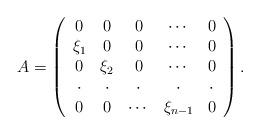
LaTeX: \begin{align*}A = \left( {\begin{array}{*{20}c} 0 & 0 & 0 & \cdots & 0 \\ {\xi _1 } & 0 & 0 & \cdots & 0 \\ 0 & {\xi _2 } & 0 & \cdots & 0 \\ \cdot & \cdot & \cdot & \cdot & \cdot \\ 0 & 0 & \cdots & {\xi _{n - 1} } & 0 \\ \end{array} } \right).\end{align*}